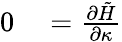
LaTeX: \begin{array}{rl}{0}&{{}=\frac{\partial\tilde{H}}{\partial\kappa}}\end{array}